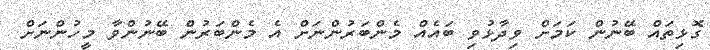
ގޮޅިތައް ބޭނުން ކަމަށް ވިދާޅުވި ބައެއް މެންބަރުންނަށް އެ މެންބަރުން ބޭނުންވާ މީހުންނަށް